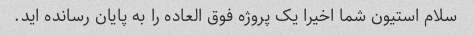
سلام استیون شما اخیرا یک پروژه فوق العاده را به پایان رسانده اید.